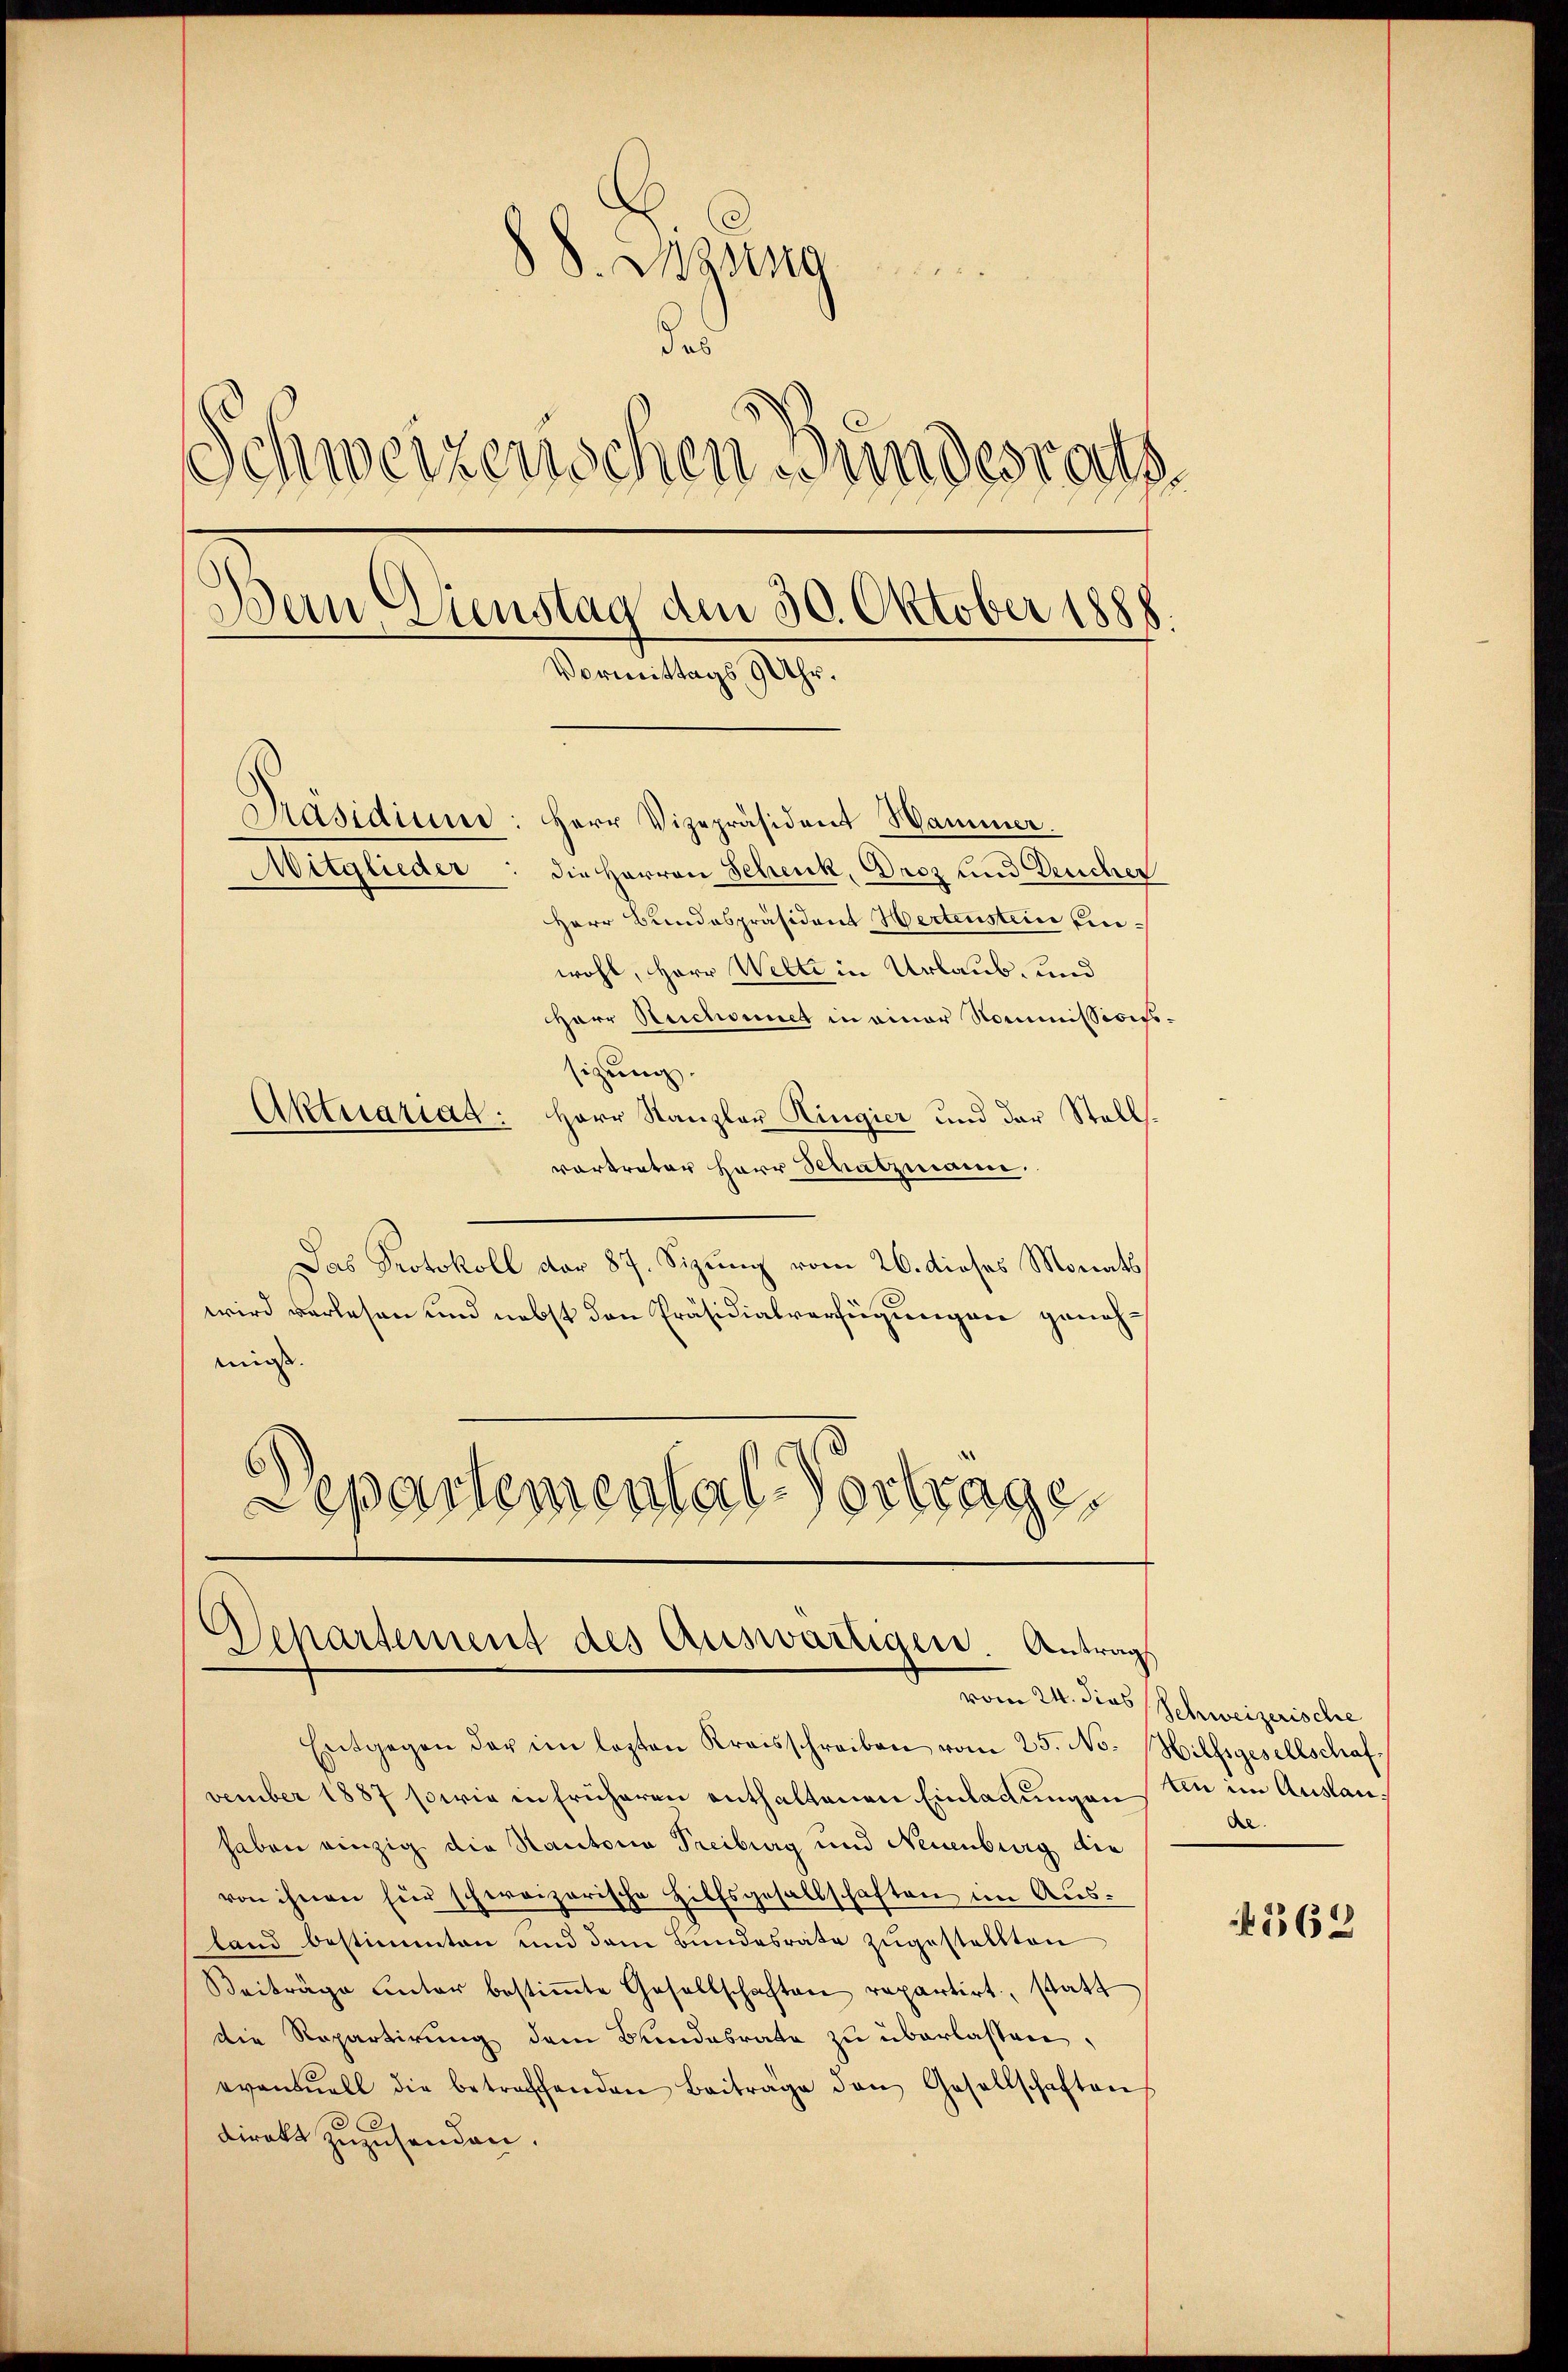
8 S. Dzstra
des
d
Schweizerischen Bundesrath
Dein Dienstag den 30. Oktober 1888
Vormittags 9 Uhr.
Präsidium: Herr Vizepräsident Hammer.
Mitglieder
die Herren Schenk, Droz und Deucher
Herr Bundespräsident Hertenstein einwohl, Herr Welte in Urlaub- und

Herr Rechnet in einer Kommissionssizung.
Aktuariad: Herr Kanzler Ringier und der Stell
vortrater Herr Schatzmann.
Das Protokoll dar 87. Sizung vom 26. dieses Monats
wird verlesen und nebst den Präsidialverfügungen genehmis.
Separtemental-Vortrage.

Entgegen der im lezten Kraisschreiben vom 25. No. Hilfsgesellschaf-
vember 1887 sowie in früheren enthaltenen Einladungen ein im Auslanhaben einzig die Kantonia Freiburg und Neuenburg die
von ihnen für schweizerische Hilfsgesellschaften im Ausland bestimmten und dem Bundesrate zugestellten
Beiträge unter bestiṁte Gesellschaften repartirt, statt
die Repartirung dem Bundesrate zu überlassen,
eventuell die betreffenden Beitrage den Gesellschaften
direkt zuzusenden.

Departement des Auswärtigen. Antrags

24. dies Schweizerische
Al.

362